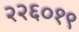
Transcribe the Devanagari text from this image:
२२६०१९